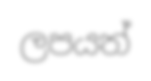
ලපයත්